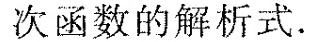
次函数的解析式。